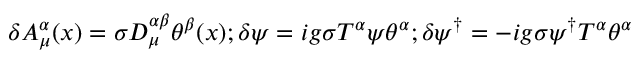
\delta A _ { \mu } ^ { \alpha } ( x ) = \sigma D _ { \mu } ^ { \alpha \beta } \theta ^ { \beta } ( x ) ; \delta \psi = i g \sigma T ^ { \alpha } \psi \theta ^ { \alpha } ; \delta \psi ^ { \dagger } = - i g \sigma \psi ^ { \dagger } T ^ { \alpha } \theta ^ { \alpha }